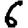
Digit: 6